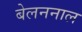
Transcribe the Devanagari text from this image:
बेलननाल